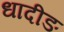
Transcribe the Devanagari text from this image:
धादीङ